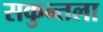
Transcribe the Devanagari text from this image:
सकुन्तला